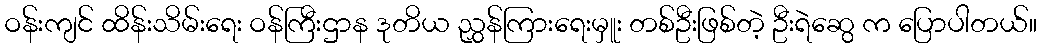
ဝန်းကျင် ထိန်းသိမ်းရေး ဝန်ကြီးဌာန ဒုတိယ ညွှန်ကြားရေးမှူး တစ်ဦးဖြစ်တဲ့ ဦးရဲဆွေ က ပြောပါတယ်။